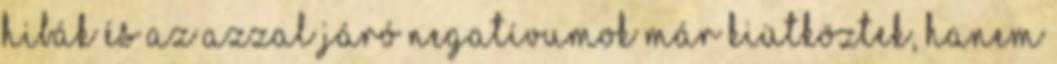
hibák és az azzal járó negatívumok már kiütköztek, hanem